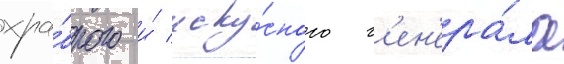
хра́брого и́ иску́сного г'ен'ера́ла